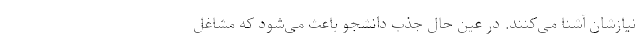
نیازشان آشنا می‌کنند. در عین حال جذب دانشجو باعث می‌شود که مشاغل